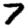
Digit: 7